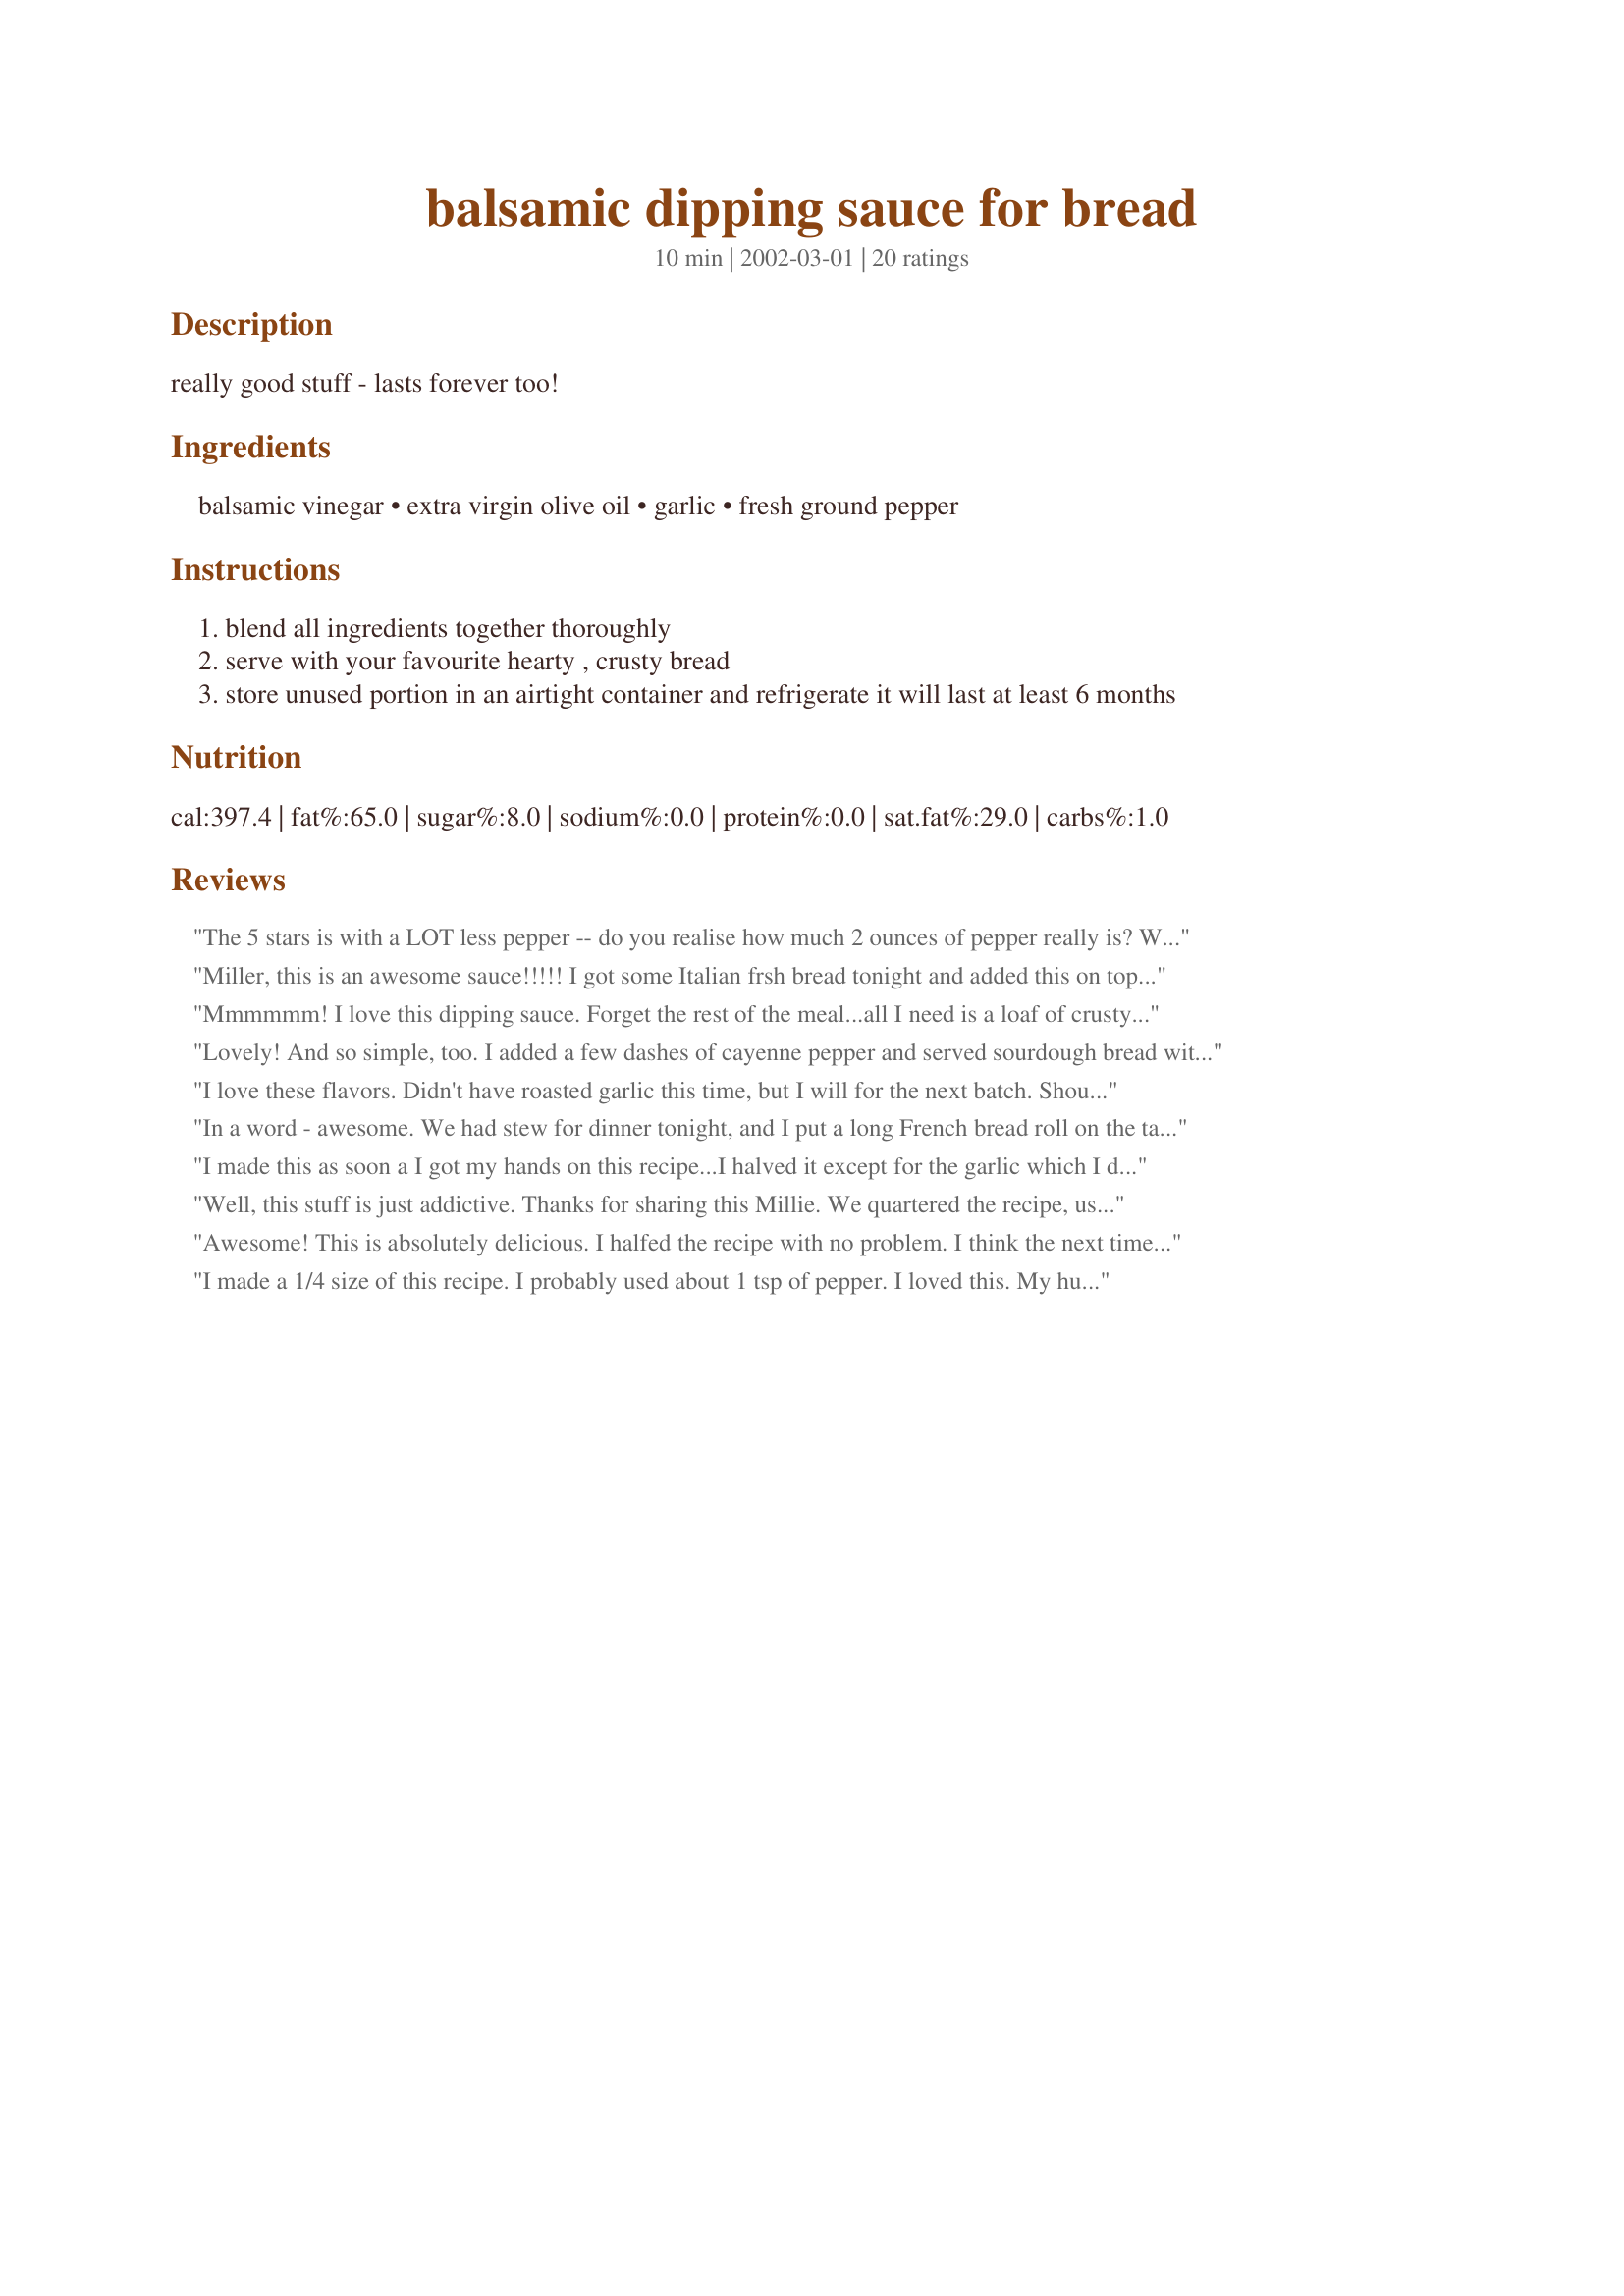
balsamic dipping sauce for bread
Preparation time: 10 minutes

really good stuff - lasts forever too!

Ingredients:
balsamic vinegar, extra virgin olive oil, garlic, fresh ground pepper

Steps:
blend all ingredients together thoroughly
serve with your favourite hearty , crusty bread
store unused portion in an airtight container and refrigerate it will last at least 6 months

Reviews:
The 5 stars is with a LOT less pepper -- do you realise how much 2 ounces of pepper really is?

With the 2 ounces it would be 3 stars, with about half of that it is great!
Miller, this is an awesome sauce!!!!! I got some Italian frsh bread tonight and added this on top...oh yummmmmmy. It made quite a bit, can't wait to have some tomorrow :) for lunch, and dinner.
Mmmmmm! I love this dipping sauce. Forget the rest of the meal...all I need is a loaf of crusty French bread and this sauce. Mmmmmm!
Lovely! And so simple, too. I added a few dashes of cayenne pepper and served sourdough bread with it at a spaghetti dinner. Had many requests for the recipe.
I love these flavors. Didn't have roasted garlic this time, but I will for the next batch. Should be even better.
In a word - awesome. We had stew for dinner tonight, and I put a long French bread roll on the table with individual dipping sauce bowls. I have NEVER seen a huge loaf of bread disappear this quickly. I did put extra garlic in the sauce, because my whole family loves garlic. The leftover sauce will NOT last 6 months, I assure you.
I made this as soon a I got my hands on this recipe...I halved it except for the garlic which I doubled. It is delicious! Used it on a crusty Italian bread to go with a pasta meal. I can see myself adding fresh herbs and maybe a finely chopped chili pepper to this when I use it next time and depending on the meal.

Well, this stuff is just addictive. Thanks for sharing this Millie. We quartered the recipe, used a medium size clove of garlic and it's great. I think it gets better the longer you keep it, but that is a challenge, as it's so yum. We like to sprinkle a little celtic sea salt on the bottom of the dipping bowl too. I mixed it in a salad dressing cruet for ease of serving.
Awesome! This is absolutely delicious. I halfed the recipe with no problem. I think the next time I'll throw in some more garlic. Wonderful stuff, Miller. Can't wait to get home for lunch so I can have some more!
I made a 1/4 size of this recipe. I probably used about 1 tsp of pepper. 

I loved this. My husband who always lets me know what's good by how he eats it, snarfed it down. My step-daughter said, "Why don't you just mainline that stuff, dad."

This was very good and it "proves" me own personal rule which is, when you feed people bread, they really feel like they've been fed.

Thanks, Mille
Too much pepper for our personal tastes.
Hey, this is good stuff. I served it with french bread to go along with spagetti. The flavor gets even better with time.
This is excellent, and easy to make. I made it exactly as directed, didn't change a thing. The flavor was outstanding. I served it with a hearty 9 grain peasant loaf of bread, and it was enjoyed by all.
Used as an appetizer a a barbeque last weekend. I halfed the recipe. I didn't have time to roast the garlic, but will try that next time. I had several trays about; each with garlic sourdough bread cubes and a dipping bowl. Many remarked on the sauce and asked for the recipe. I think the only reason I didn't run out of sauce is because all the bread cubes were consumed first.
I was looking for the wonderful dip we had at Servino's in Tiburon and found Millie's recipe. It is darn close! You have to keep mixing to keep consistency and we too used more garlic, yum. I am going to make more now and store it. Thanks!
I didn't roast the garlic, and I cut the recipe in half, but this was fabulous! I made it to dip Mean's Foccacia bread and it was TO DIE FOR!!! It will now be a condiment that is ALWAYS in my fridge!! Thanks!
This was very nice. Ran out of fresh garlic so used granulated garlic instead. We really like the flavor of balsamic vinegar, so think that we will incorporate more the next time.
This dip is brilliant. I have just learnt how to bake my own bread and was keen to try it with a good dipping sauce. My newly baked white loaf, along with the dip, was devoured in one sitting.

I've added this to my Cookbook!
This was pretty good. I used garlic flavored olive oil instead of regular plus garlic. I also did not use 2 oz of pepper, I just used fresh cracked pepper medley to taste.
I tried this and use it on salads. Its great
